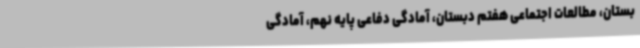
بستان، مطالعات اجتماعی هفتم دبستان، آمادگی دفاعی پایه نهم، آمادگی